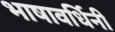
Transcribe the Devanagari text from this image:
भाषावर्धिनी